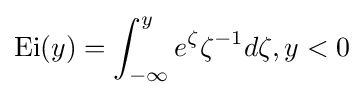
\operatorname {Ei} (y)=\int _{-\infty }^{y}e^{\zeta }\zeta ^{-1}d{\zeta },y<0